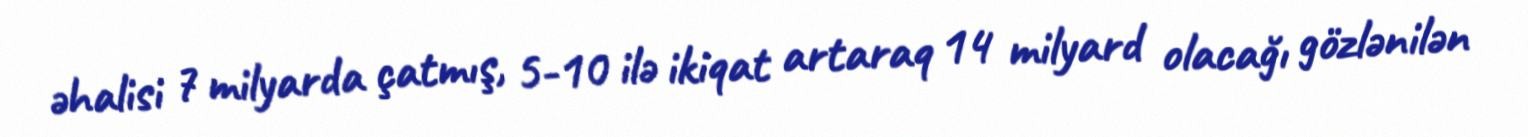
əhalisi 7 milyarda çatmış, 5-10 ilə ikiqat artaraq 14 milyard olacağı gözlənilən